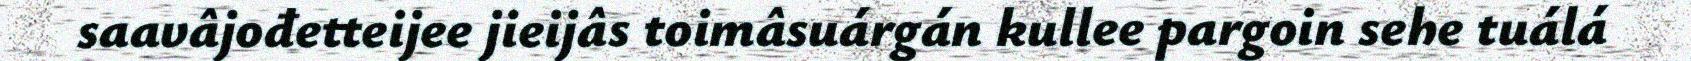
saavâjođetteijee jieijâs toimâsuárgán kullee pargoin sehe tuálá